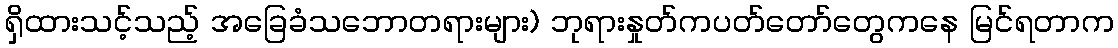
ရှိထားသင့်သည့် အခြေခံသဘောတရားများ) ဘုရားနှုတ်ကပတ်တော်တွေကနေ မြင်ရတာက